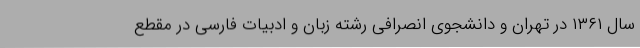
سال ۱۳۶۱ در تهران و دانشجوی انصرافی رشته زبان و ادبیات فارسی در مقطع